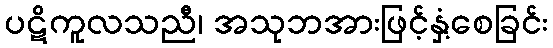
ပဋိကူလသညီ၊ အသုဘအားဖြင့်နှံ့စေခြင်း